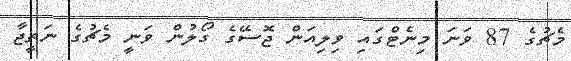
މެޗުގެ 87 ވަނަ މިނެޓްގައި ވިލިއަން ޖޮސޭގެ ގޯލުން ވަނީ މެޗުގެ ނަތީޖާ